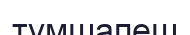
тұмшапеш